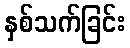
နှစ်သက်ခြင်း